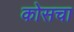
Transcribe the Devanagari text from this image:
कोसचा